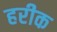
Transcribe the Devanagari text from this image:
हरीक